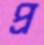
প্র